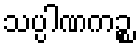
သပ္ပါဏကဉ္စ